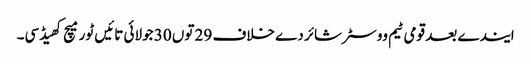
ایندے بعد قومی ٹیم ووسٹر شائر دے خلاف 29 توں 30 جولائی تائیں ٹور میچ کھیڈسی۔